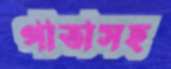
পাতাসহ